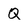
Character: Q